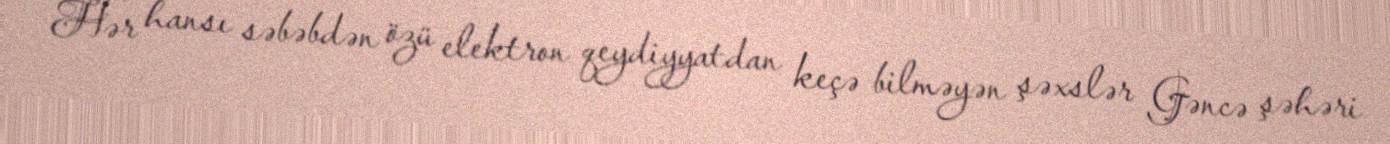
Hər hansı səbəbdən özü elektron qeydiyyatdan keçə bilməyən şəxslər Gəncə şəhəri